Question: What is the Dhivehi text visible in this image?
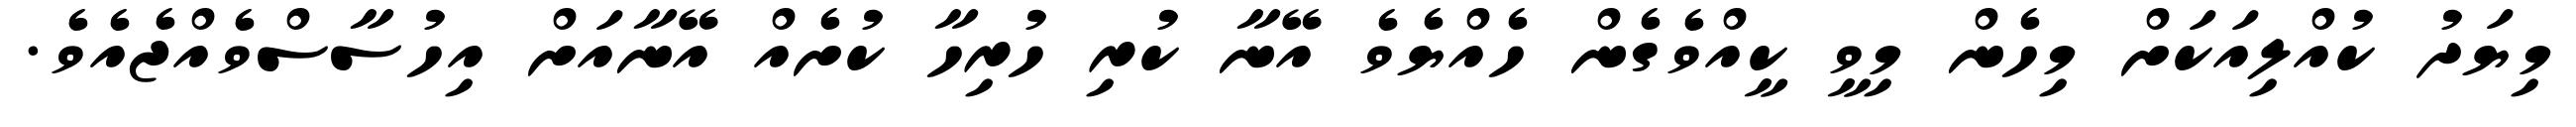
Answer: މިޔަދު ކުއްލިއަކަށް މިހެން މިވީ ކީއްވެގެން ހެއްޔެވެ އޭނާ ކުރި ހުރިހާ ކުށެއް އޭނާއަށް އިހުސާސްވެއްޖެއެވެ.